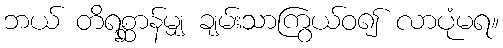
ဘယ် တိရစ္ဆာန်မျှ ချမ်းသာကြွယ်ဝ၍ လာပုံမရ။